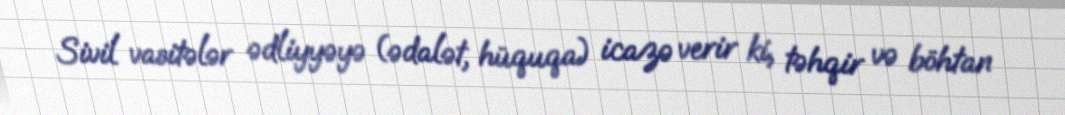
Sivil vasitələr ədliyyəyə (ədalət, hüquqa) icazə verir ki, təhqir və böhtan